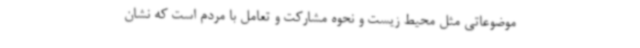
موضوعاتی مثل محیط زیست و نحوه مشارکت و تعامل با مردم است که نشان